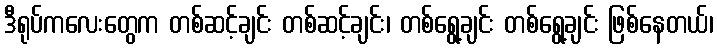
ဒီရုပ်ကလေးတွေက တစ်ဆင့်ချင်း တစ်ဆင့်ချင်း၊ တစ်ရွေ့ချင်း တစ်ရွေ့ချင်း ဖြစ်နေတယ်၊